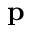
\mathbf { p }